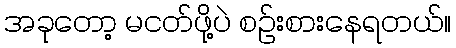
အခုတော့ မငတ်ဖို့ပဲ စဥ်းစားနေရတယ်။